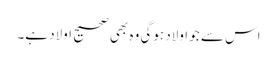
اس سے جو اولاد ہوگی وہ بھی صحیح اولاد ہے۔